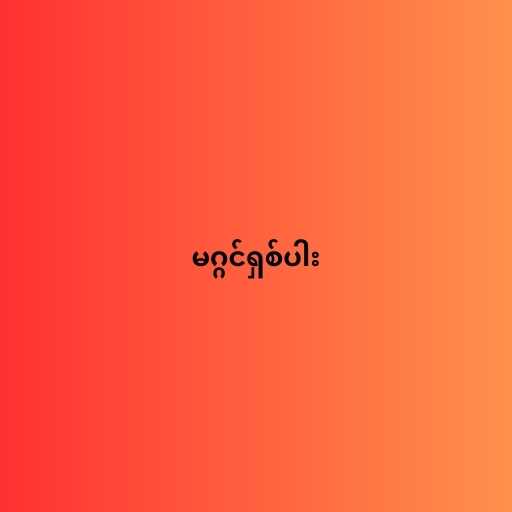
မဂ္ဂင်ရှစ်ပါး